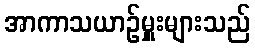
အာကာသယာဉ်မှူးများသည်